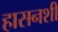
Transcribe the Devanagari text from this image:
हासनशी